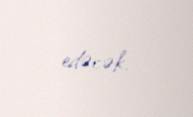
edəcək.